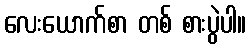
လေးယောက်စာ တစ် စားပွဲပါ။